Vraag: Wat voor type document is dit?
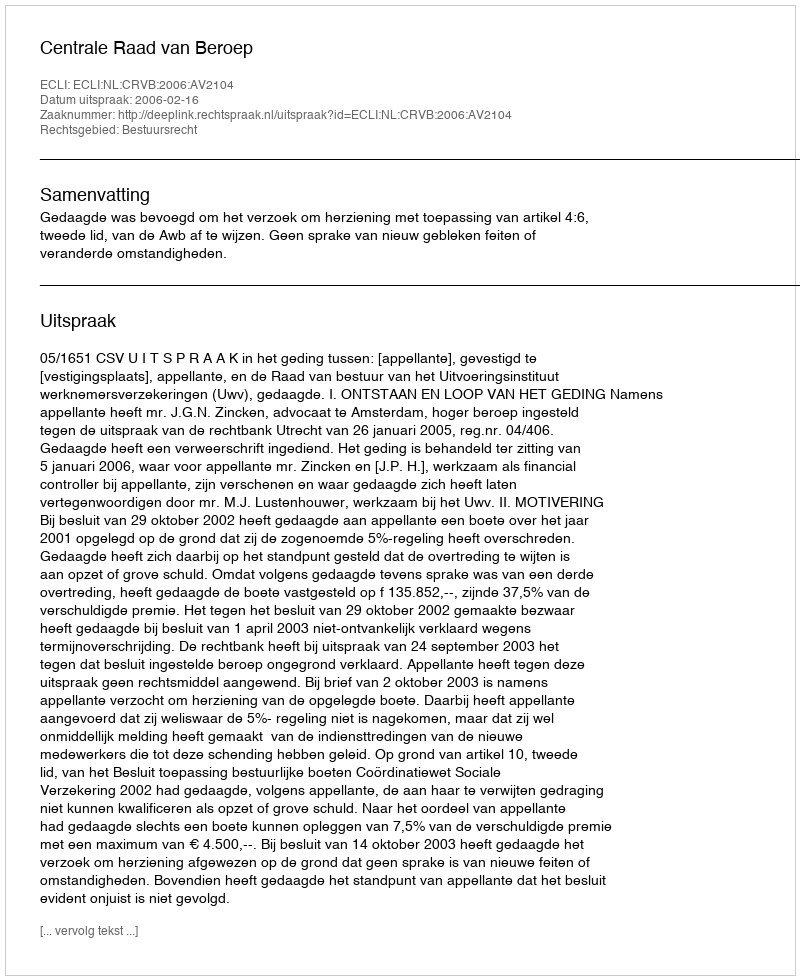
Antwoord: Uitspraak